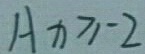
A x \geq - 2